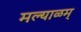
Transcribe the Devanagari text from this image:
मल्याळम्